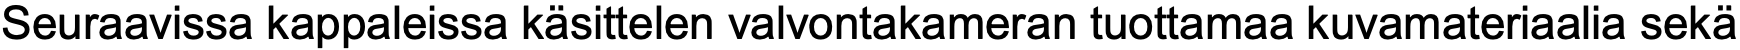
Seuraavissa kappaleissa käsittelen valvontakameran tuottamaa kuvamateriaalia sekä